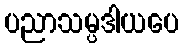
ပညာသမ္ပဒါယပေ